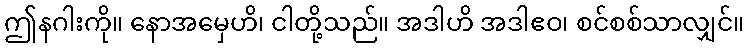
ဤနဂါးကို။ နောအမှေဟိ၊ ငါတို့သည်။ အဒါဟိ အဒါဧဝ၊ စင်စစ်သာလျှင်။